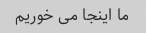
ما اینجا می خوریم